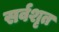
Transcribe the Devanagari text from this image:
सर्वशृत